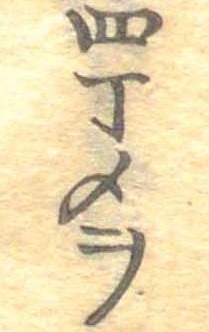
四丁メヲ